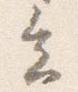
会